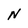
Character: N